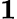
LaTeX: \textbf{1}